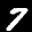
Label: 7